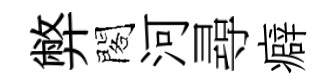
弊閣河尋癖